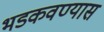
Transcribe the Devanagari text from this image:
भडकवण्यास